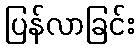
ပြန်လာခြင်း